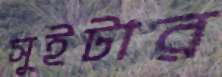
সুইটার